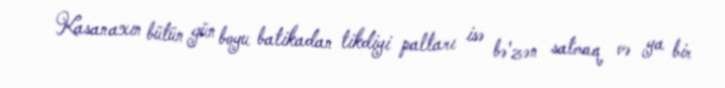
Kasanaxın bütün gün boyu batikadan tikdiyi paltarı isə bə'zən satmaq və ya bir